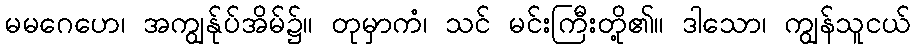
မမဂေဟေ၊ အကျွန်ုပ်အိမ်၌။ တုမှာကံ၊ သင် မင်းကြီးတို့၏။ ဒါသော၊ ကျွန်သူငယ်